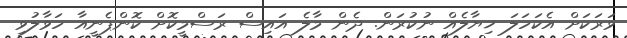
ވަރަކަށް އެކަހަލަ ޚިޔާލެއް ނުކުރަން. ދެން މާލެ އައިސް ރަސްމީކޮށް ކޮންޕެނީއާ ހަވާލުވި